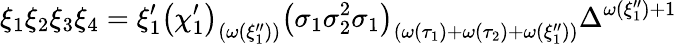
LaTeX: \xi_{1}\xi_{2}\xi_{3}\xi_{4}=\xi_{1}^{\prime}\left(\chi_{1}^{\prime}\right)_{\left(\omega\left(\xi_{1}^{\prime\prime}\right)\right)}\left(\sigma_{1}\sigma_{2}^{2}\sigma_{1}\right)_{\left(\omega\left(\tau_{1}\right)+\omega\left(\tau_{2}\right)+\omega\left(\xi_{1}^{\prime\prime}\right)\right)}\Delta^{\omega\left(\xi_{1}^{\prime\prime}\right)+1}